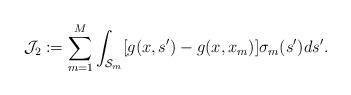
LaTeX: \begin{align*}\mathcal{J}_2 := \sum^{M}_{m = 1}\int_{\mathcal{S}_m}[g(x, s') - g(x,x_m)]\sigma_m(s')ds'.\end{align*}